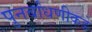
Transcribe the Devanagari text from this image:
पुनर्बांधणीकडे